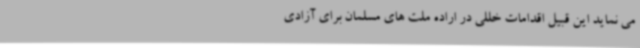
می نماید این قبیل اقدامات خللی در اراده ملت های مسلمان برای آزادی